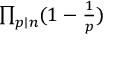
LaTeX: \textstyle \prod _ { p \mid n } ( 1 - { \frac { 1 } { p } } )